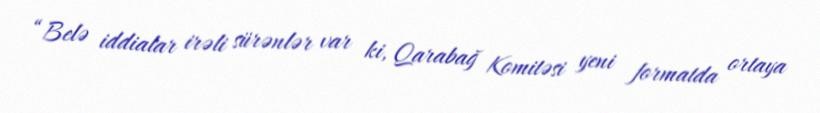
“Belə iddialar irəli sürənlər var ki, Qarabağ Komitəsi yeni formatda ortaya